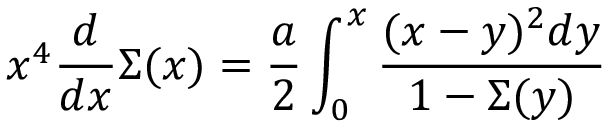
x ^ { 4 } { \frac { d } { d x } } \Sigma ( x ) = { \frac { a } { 2 } } \int _ { 0 } ^ { x } { \frac { ( x - y ) ^ { 2 } d y } { 1 - \Sigma ( y ) } }